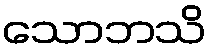
သောဘသိ